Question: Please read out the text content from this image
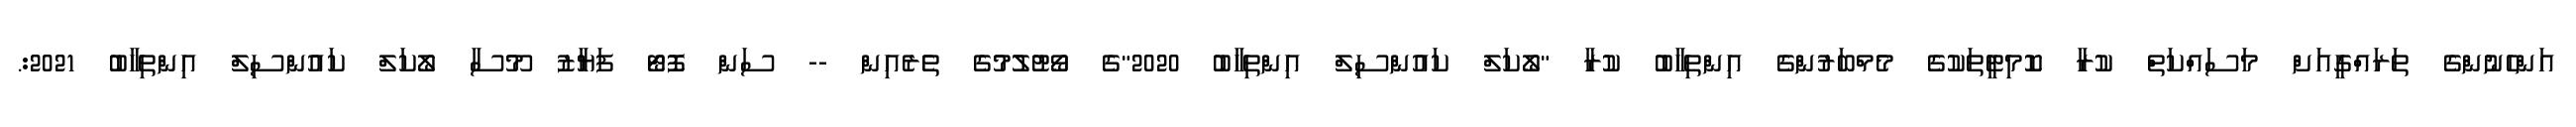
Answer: އަންހެނުންގެ ތަރައްގީއަށް މަސައްކަތް ކުރާ ކޮމިޓީތަކުގެ މެމްބަރުންގެ އިންތިހާބު ކުރާ "ލޯކަލް ކައުންސިލް އިންތިހާބު 2020"ގެ ވޯޓުލުމުގެ ތެރެއިން -- ސަން ފޮޓޯ ފަޔާޒު މޫސާ ލޯކަލް ކައުންސިލް އިންތިހާބު 2021:.